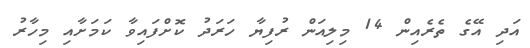
އަދި އޭގެ ތެރެއިން 14 މިލިއަން ރުފިޔާ ހަރަދު ކޮށްފައިވާ ކަމަށާއި މިހާރު